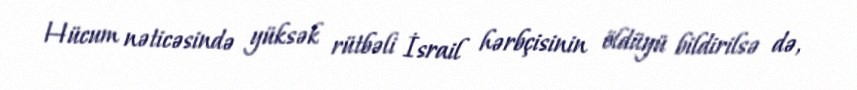
Hücum nəticəsində yüksək rütbəli İsrail hərbçisinin öldüyü bildirilsə də,